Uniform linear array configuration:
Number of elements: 4
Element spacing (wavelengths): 0.5
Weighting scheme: kaiser
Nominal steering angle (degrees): -60
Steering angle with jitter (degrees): -60.673
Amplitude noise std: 0.05
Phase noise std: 0.05

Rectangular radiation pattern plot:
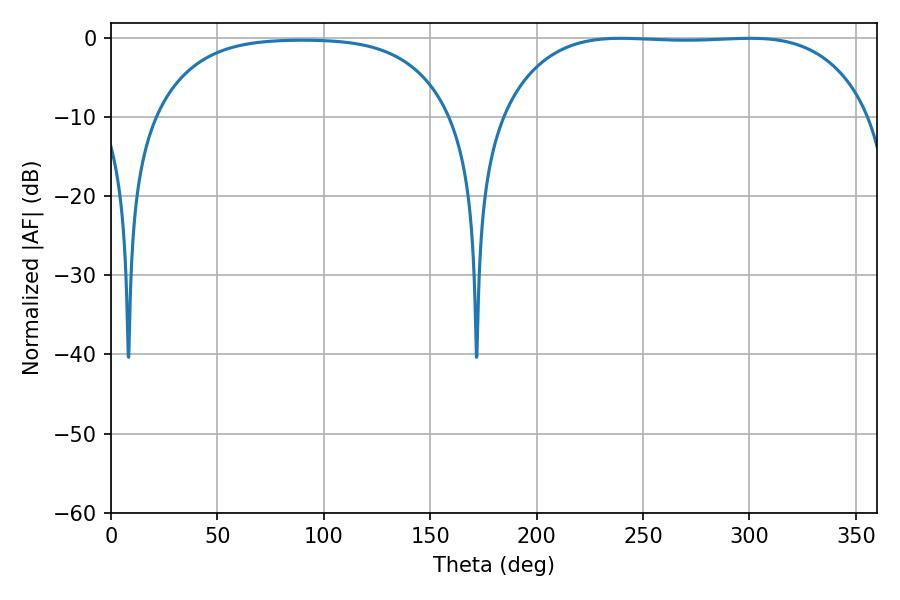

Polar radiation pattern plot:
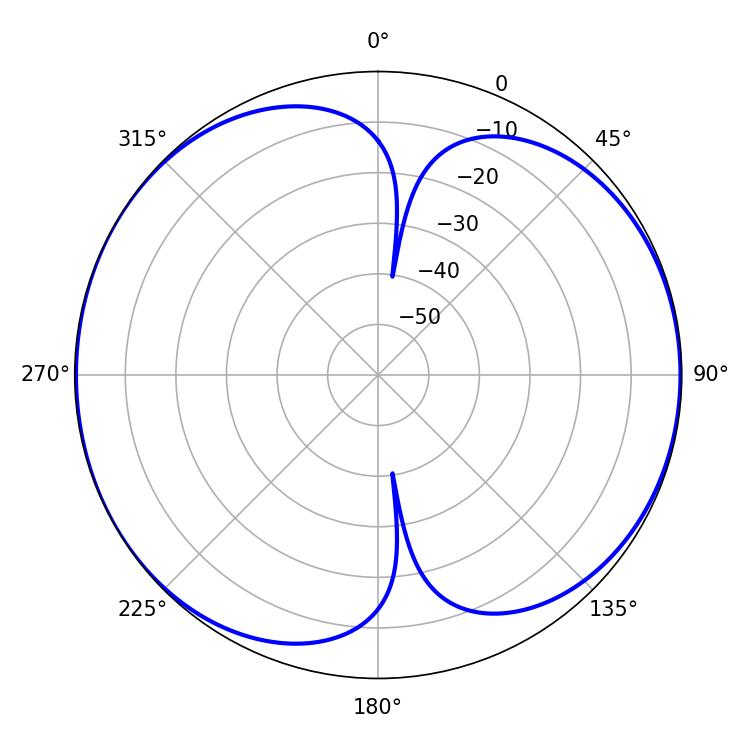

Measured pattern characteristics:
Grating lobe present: FALSE
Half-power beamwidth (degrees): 134.64
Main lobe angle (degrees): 239.58